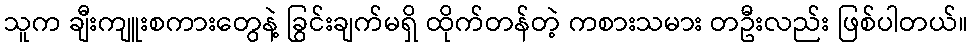
သူက ချီးကျူးစကားတွေနဲ့ ခြွင်းချက်မရှိ ထိုက်တန်တဲ့ ကစားသမား တဦးလည်း ဖြစ်ပါတယ်။